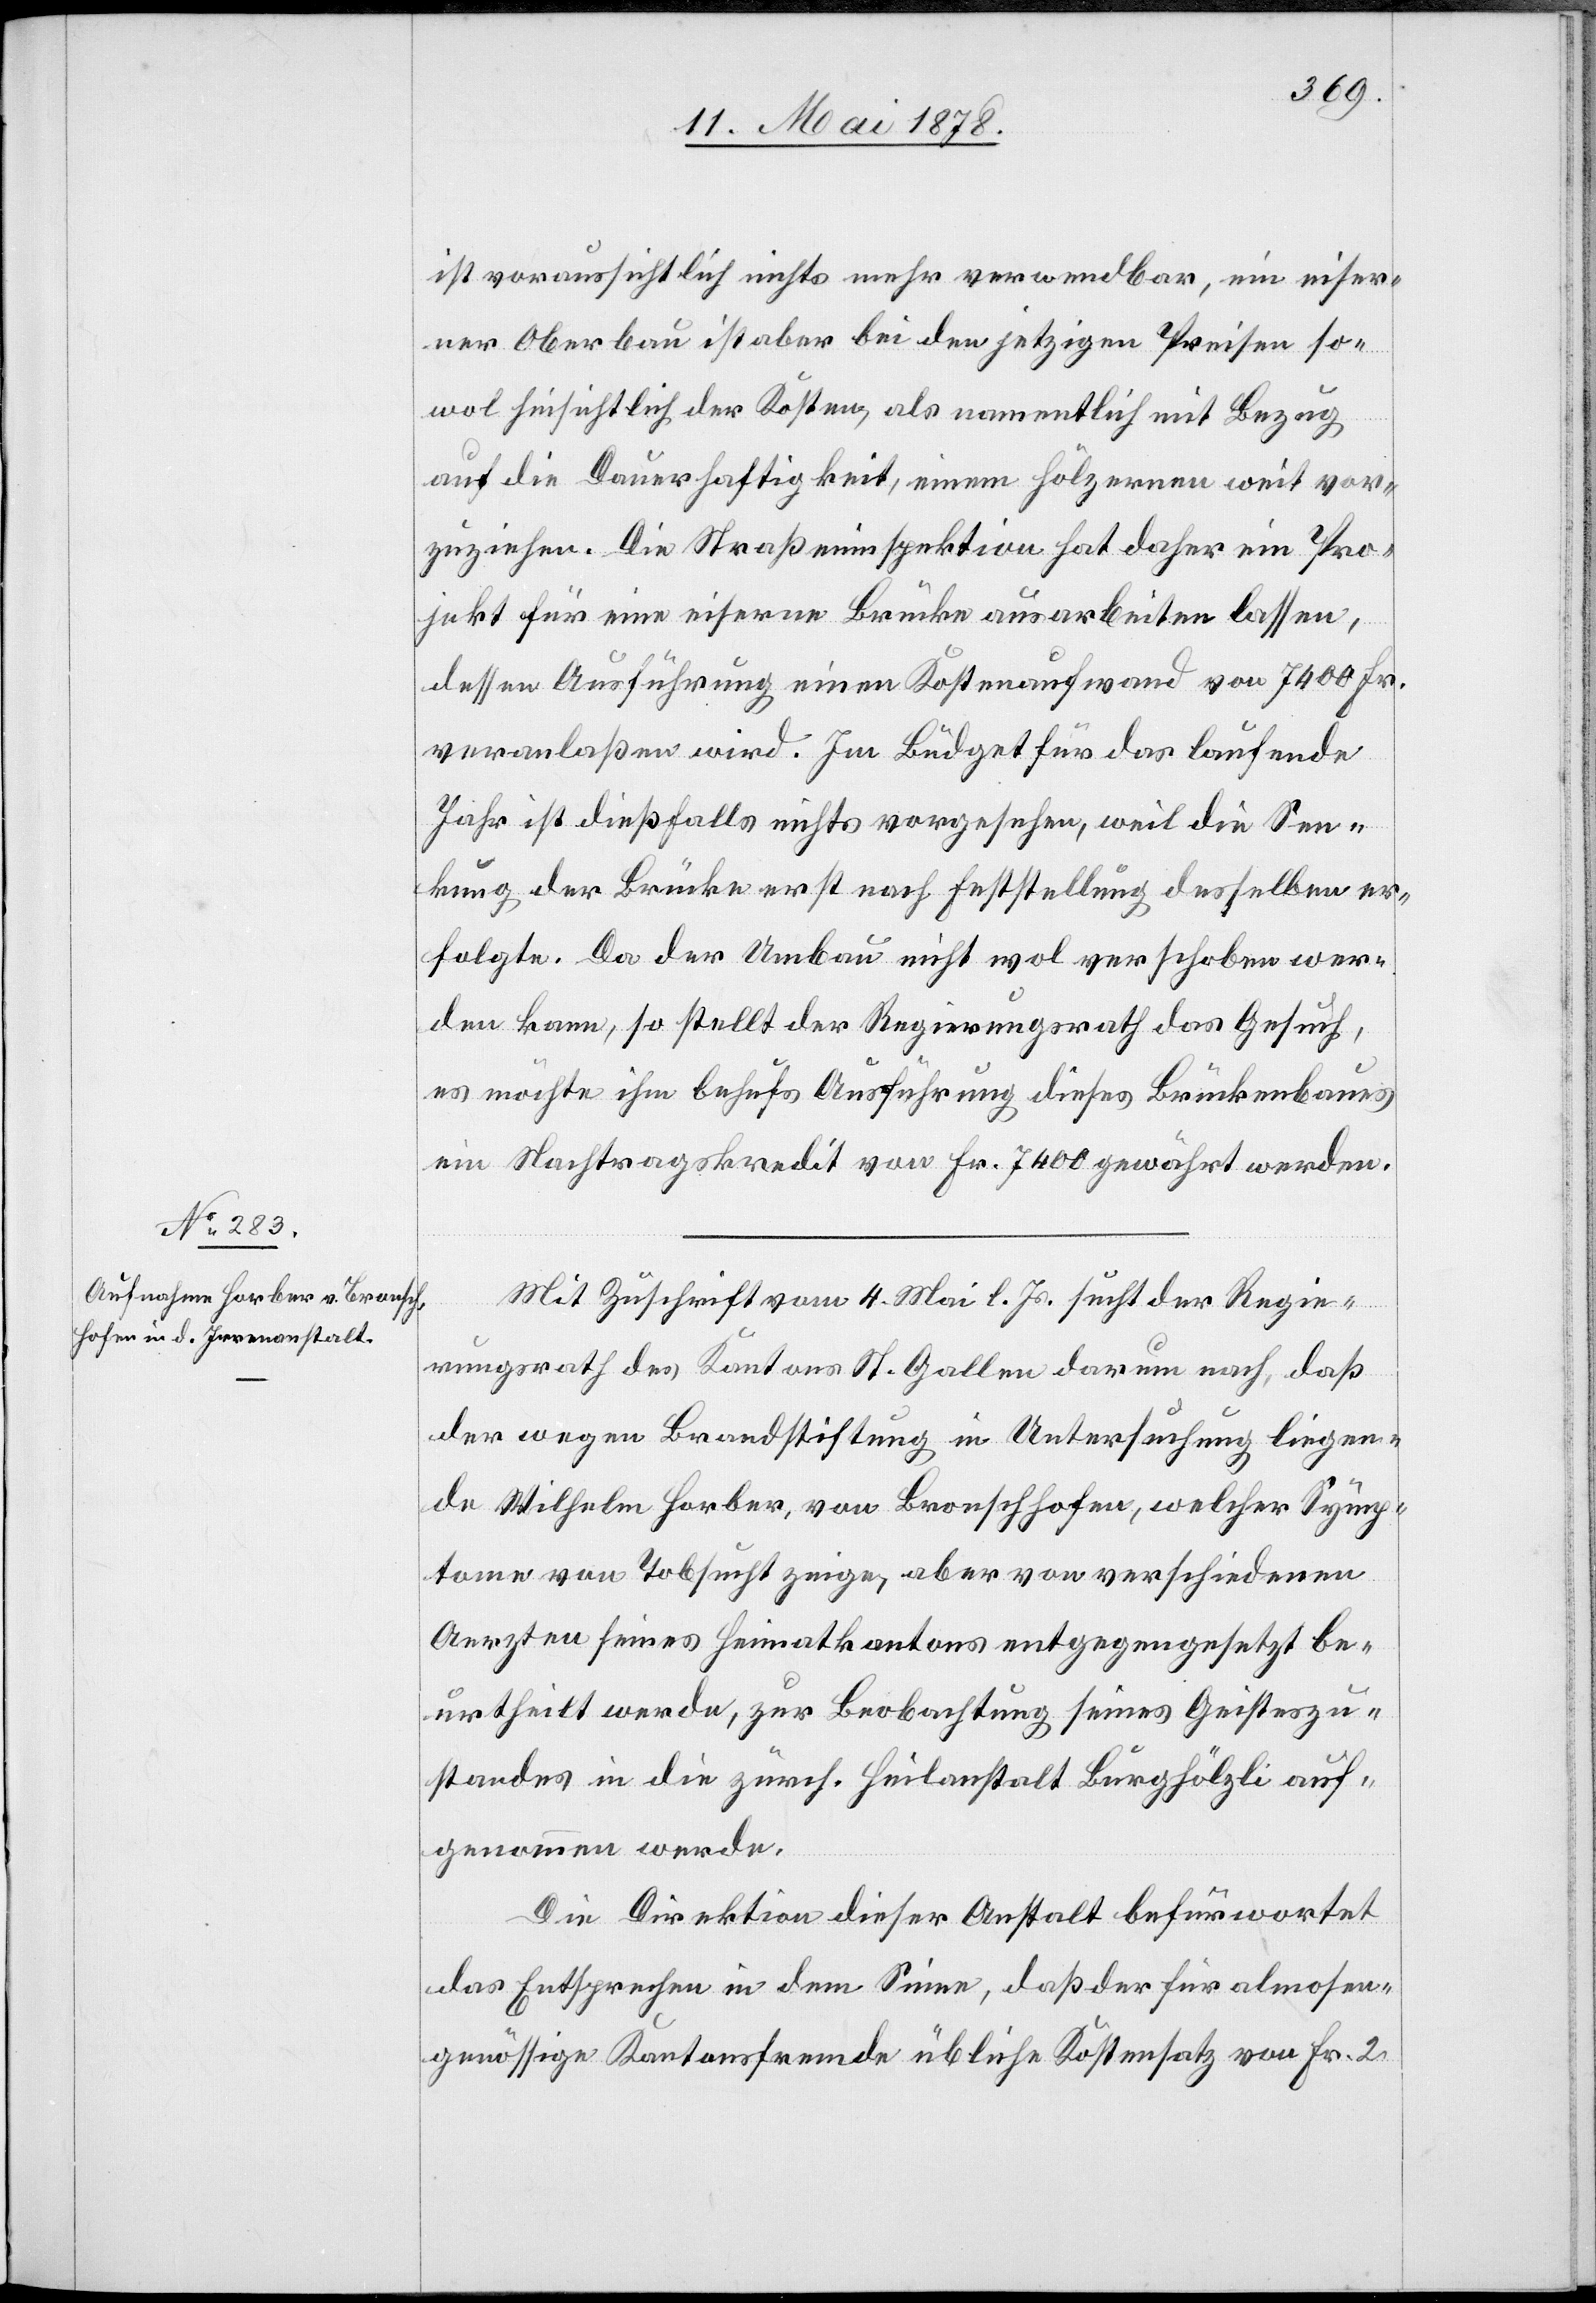
ist voraussichtlich nichts mehr verwendbar, ein eiser¬
ner Oberbau ist aber bei den jetzigen Preisen so¬
wol hinsichtlich der Kosten, als namentlich mit Bezug
auf die Dauerhaftigkeit, einem hölzernen weit vor¬
zuziehen. Die Straßeninspektion hat daher ein Pro¬
jekt für eine eiserne Brücke ausarbeiten lassen,
dessen Ausführung einen Kostenaufwand von 7400 Fr.
veranlaßen wird. Im Büdget für das laufende
Jahr ist dießfalls nichts vorgesehen, weil die Sen¬
kung der Brücke erst nach Feststellung desselben er¬
folgte. Da der Umbau nicht wol verschoben wer¬
den kann, so stellt der Regierungsrath das Gesuch,
es möchte ihm behufs Ausführung dieses Brückenbaues
ein Nachtragskredit von Fr. 7400 gewährt werden.
Mit Zuschrift vom 4. Mai l. Js. sucht der Regie¬
rungsrath das Kantons St. Gallen darum nach, daß
der wegen Brandstiftung in Untersuchung liegen¬
de Wilhelm Horber, von Bronschhofen, welcher Symp¬
tome von Tobsucht zeige, aber von verschiedenen
Aerzten seines Heimatkantons entgegengesetzt be¬
urtheilt werde, zur Beobachtung seines Geisteszu¬
standes in die zürch. Heilanstalt Burghölzli auf¬
genommen werde.
Die Direktion dieser Anstalt befürwortet
das Entsprechen in dem Sinne, daß der für almosen¬
genössige Kantonsfremde übliche Kostensatz von Fr. 2